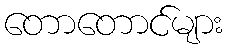
တောတောင်များ